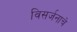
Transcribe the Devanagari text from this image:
विसर्जनाचे